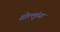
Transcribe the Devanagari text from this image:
शोल्लुंच्या